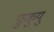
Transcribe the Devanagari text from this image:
फ़ुकुयु